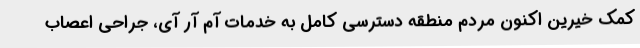
کمک خیرین اکنون مردم منطقه دسترسی کامل به خدمات آم آر آی، جراحی اعصاب